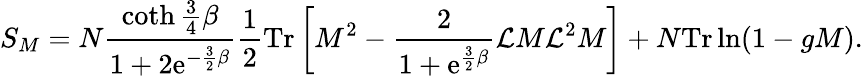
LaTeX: S_{M}=N\frac{\coth\frac{3}{4}\beta}{1+2\mathrm{e}^{-\frac{3}{2}\beta}}\frac{1}{2}\mathrm{Tr}\left[M^{2}-\frac{2}{1+\mathrm{e}^{\frac{3}{2}\beta}}{\cal L}M{\cal L}^{2}M\right]+N\mathrm{Tr}\ln(1-gM).